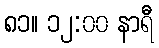
၈၁။ ၁၂:၀၀ နာရီ